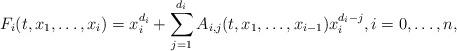
LaTeX: \begin{align*} F_{i} (t, x_1, \ldots, x_i )= x_i^{d_i}+ \sum_{j=1}^{d_i} A_{i,j} (t,x_1, \ldots, x_{i-1}) x_i^{d_i-j}, i=0, \ldots,n, \end{align*}